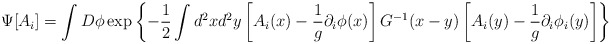
\begin{align*}\Psi[A_i]=\int D\phi\exp\left\{-\frac{1}{2}\int d^2xd^2y \left[A_i(x)-\frac{1}{g}\partial_i\phi(x)\right]G^{-1}(x-y)\left[A_i(y)-\frac{1}{g}\partial_i\phi_i(y)\right]\right\}\end{align*}